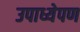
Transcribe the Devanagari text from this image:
उपाध्येपण